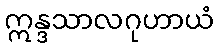
ဣန္ဒသာလဂုဟာယံ